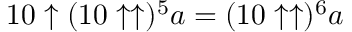
1 0 \uparrow ( 1 0 \uparrow \uparrow ) ^ { 5 } a = ( 1 0 \uparrow \uparrow ) ^ { 6 } a